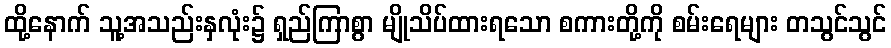
ထို့နောက် သူ့အသည်းနှလုံး၌ ရှည်ကြာစွာ မျိုသိပ်ထားရသော စကားတို့ကို စမ်းရေများ တသွင်သွင်